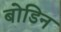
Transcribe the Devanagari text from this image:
बोडिन